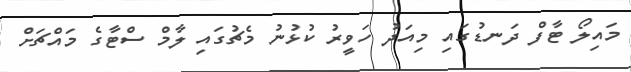
މައިލޯ ޓާފް ދަނޑުގައި މިއަދު ހަވީރު ކުޅުނު މެޗުގައި ލާމް ސްޓާގެ މައްޗަށް